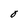
Character: O